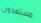
مستعدون